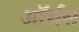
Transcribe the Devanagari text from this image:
ऑर्थस